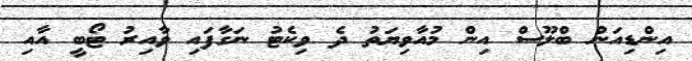
އިންޑިއަން ބްލޫސް އިން މުއާވިޔަތު ދެ ވިކެޓު ނަގާފައި ވާއިރު ޓޯބީ އާއި